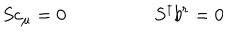
S c _ { \mu } = 0 ~ S ^ { \dagger } b ^ { r } = 0